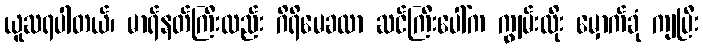
ယူဆရပါတယ်၊ မာရ်နတ်ကြီးလည်း ဂိရိမေခလာ ဆင်ကြီးပေါ်က ကျွမ်းထိုး မှောက်ခုံ ကျပြီး